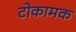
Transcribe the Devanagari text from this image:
टोकामक